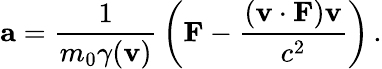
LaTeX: \mathbf{a}={\frac{1}{m_{0}\gamma(\mathbf{v})}}\left(\mathbf{F}-{\frac{(\mathbf{v}\cdot\mathbf{F})\mathbf{v}}{c^{2}}}\right)\, .